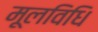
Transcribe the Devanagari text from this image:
मूलविधि